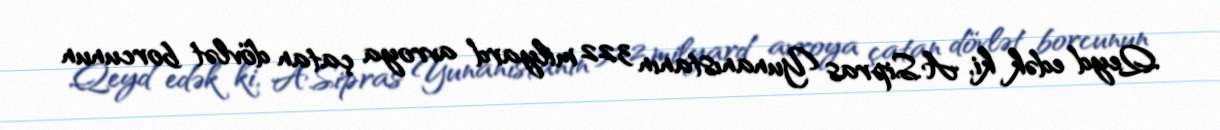
Qeyd edək ki, A.Sipras Yunanıstanın 322 milyard avroya çatan dövlət borcunun